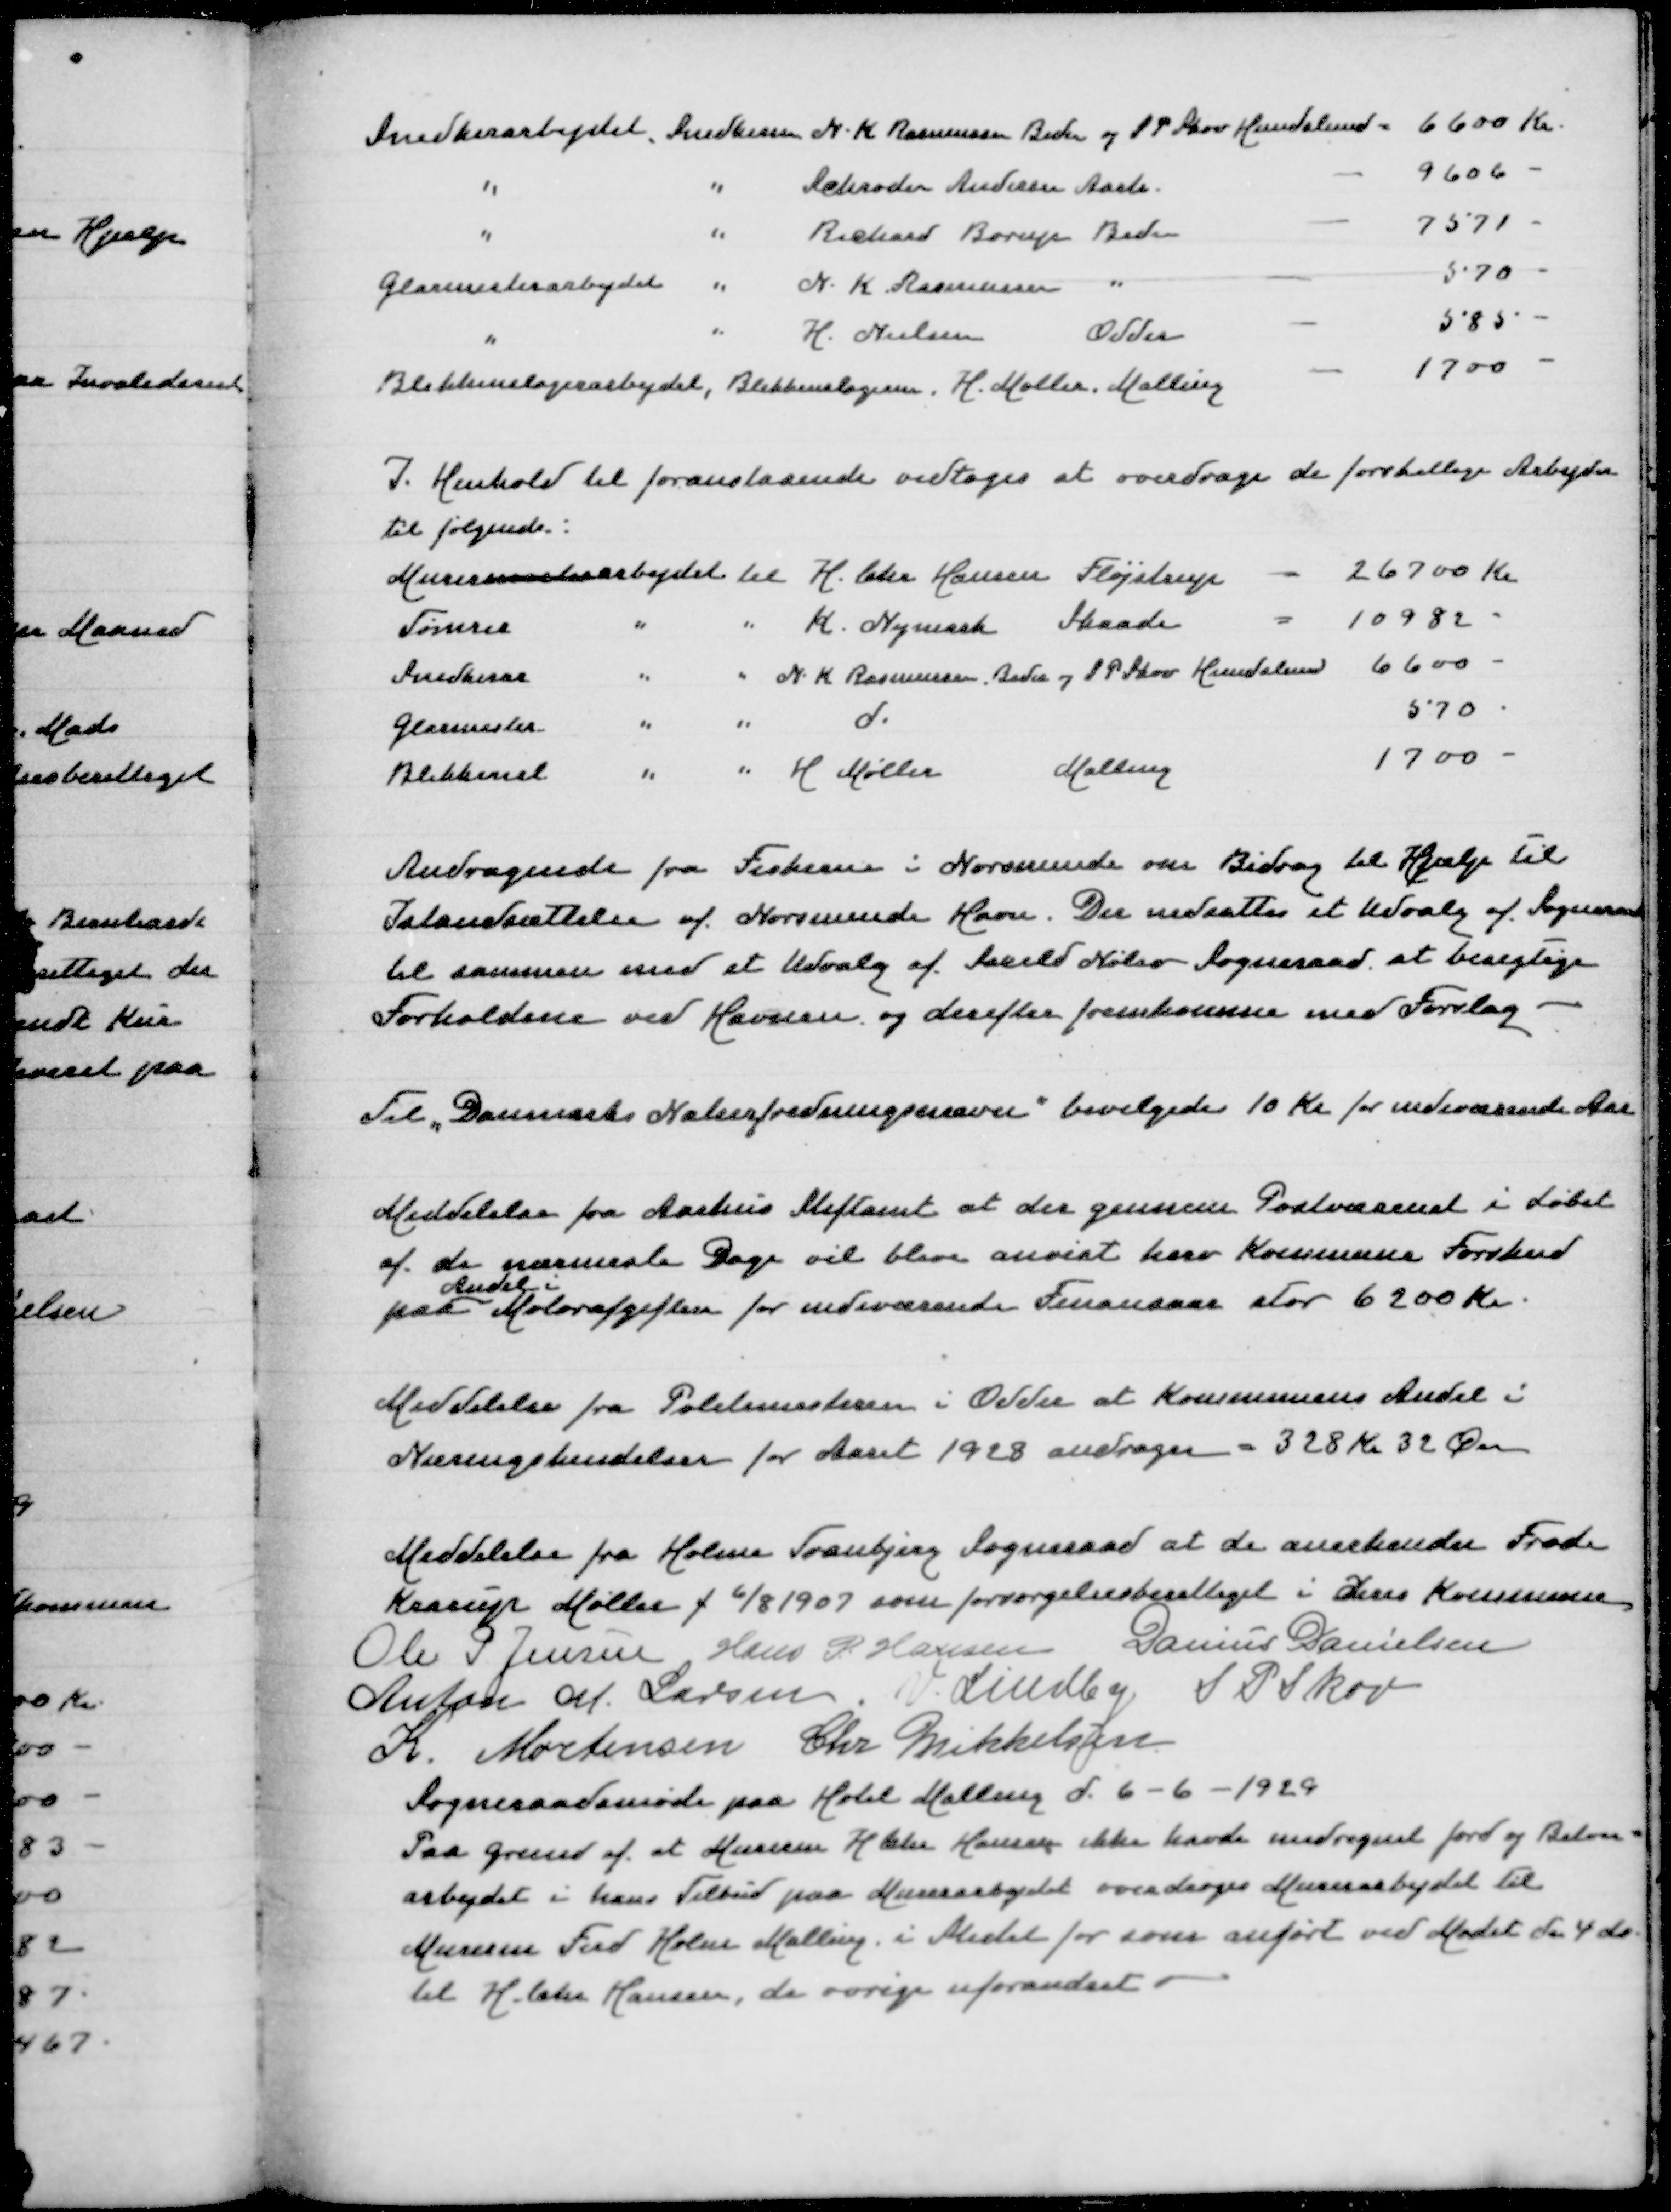
Transskription:
Smedearbejdet Smedem N K Rasmussen Beder og S P Skov Hundslund
6600 Kr
" " Schrøder Andersen Aarh
9606
" " Richard Borup Beder
7571
Glarmesterarbejdet " N K Rasmussen "
570
" " H Nielsen Odder
585
Blikkenslagerarbejdet, Blikkenslagerm H Møller Malling
1700
I Henhold til foranstaaende vedtoges at overdrage de forskellige Arbejder
til følgende:
Murerarbejdet til H Chr Hansen Fløjstrup - 26700 Kr
Tømrer " " K Nymark Skaade - 10982
Snedker " " N K Rasmussen Beder og S P Skov Hundslund 6600
Glarmester " " d 570
Blikkensl " " H Møller Malling 1700
Andragende fra Fiskerne i Norsminde om Bidrag til Hjælp til
Istandsættelsen af Norsminde Havn. Der nedsættes et Udvalg af Sogneraad
til sammen med et Udvalg af Saxild Nølev Sogneraad at besigtige
Forholdene ved Havnen og derefter fremkomme med Forslag
Til "Danmamrks Naturfredningsnævn" bevilgedes 10 Kr for indeværende Aar
Meddelelse fra Aarhus Stiftamt at der gennem Postvæsenet i Løbet
af de nærmeste Dage vil blive anvist herv Kommune Forskud
Andel i
paa Motorafgiften for indeværende Finansaar stor 6200 Kr
Meddelelse fra Politimesteren i Odder at Kommunens Andel i
Næringskendelser for Aaret 1928 andrager 0 328 Kr 32 Øre
Meddelelse fra Holme Tranbjerg Sogneraad at de anerkender Frode
Kaarup Møller f 6/8 1907 som forsørgelsesberettiget i deres Kommune
Ole P Jensen
Hans P Hansen
Danius Danielsen
Anton M Larsen
V Lindby
S P Skov
K Mortensen
Chr Mikkelsen
Sogneraadsmøde paa Hotel Malling d 6-6-1929
Paa Grund af at Murerm H Chr Hansen ikke havde medregnet Jord og Beton=
arbejdet i hans Tilbud paa Murerarbejdet overdroges Murerarbejdet til
Murerm Ferd Holm Malling i Stedet for som anført ved Mødet den 4 ds
til H Chr Hansen, de øvrige uforandret